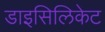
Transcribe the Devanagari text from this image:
डाइसिलिकेट